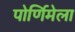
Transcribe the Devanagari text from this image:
पोर्णिमेला